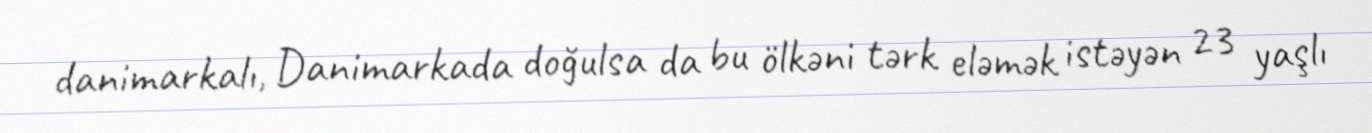
danimarkalı, Danimarkada doğulsa da bu ölkəni tərk eləmək istəyən 23 yaşlı